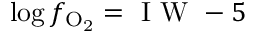
\log f _ { \mathrm { O _ { 2 } } } = \mathrm { ~ I ~ W ~ } - 5